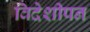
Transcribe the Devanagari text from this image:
विदेशीपन